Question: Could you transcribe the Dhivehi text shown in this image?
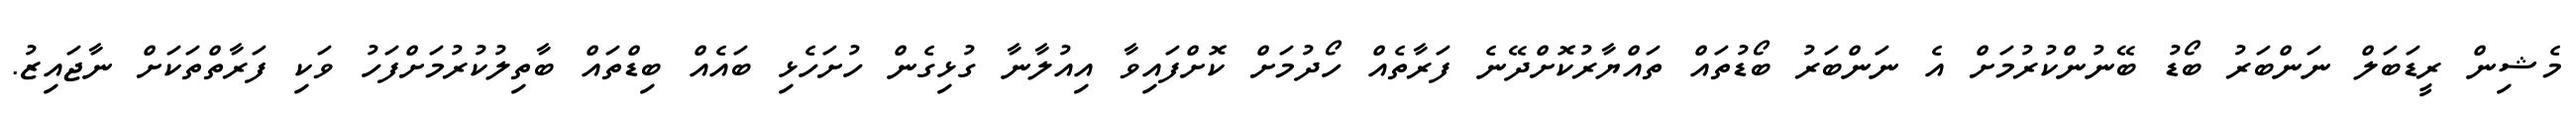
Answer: މެޝިން ރީޑަބަލް ނަންބަރު ބޯޑު ބޭނުންކުރުމަށް އެ ނަންބަރު ބޯޑުތައް ތައްޔާރުކޮށްދޭނެ ފަރާތެއް ހޯދުމަށް ކޮށްފައިވާ އިއުލާނާ ގުޅިގެން ހުށަހެޅި ބައެއް ބިޑްތައް ބާތިލުކުރުމަށްފަހު ވަކި ފަރާތްތަކަށް ނާޖައިޒު.